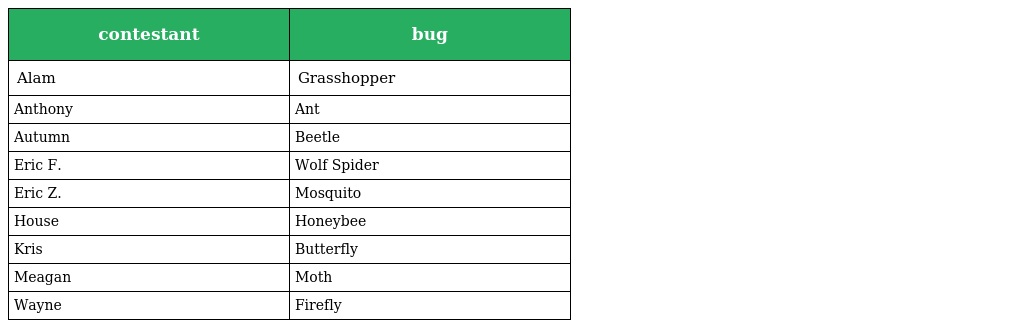
| contestant | bug |
 | --- | --- |
 | Alam | Grasshopper |
 | Anthony | Ant |
 | Autumn | Beetle |
 | Eric F. | Wolf Spider |
 | Eric Z. | Mosquito |
 | House | Honeybee |
 | Kris | Butterfly |
 | Meagan | Moth |
 | Wayne | Firefly |